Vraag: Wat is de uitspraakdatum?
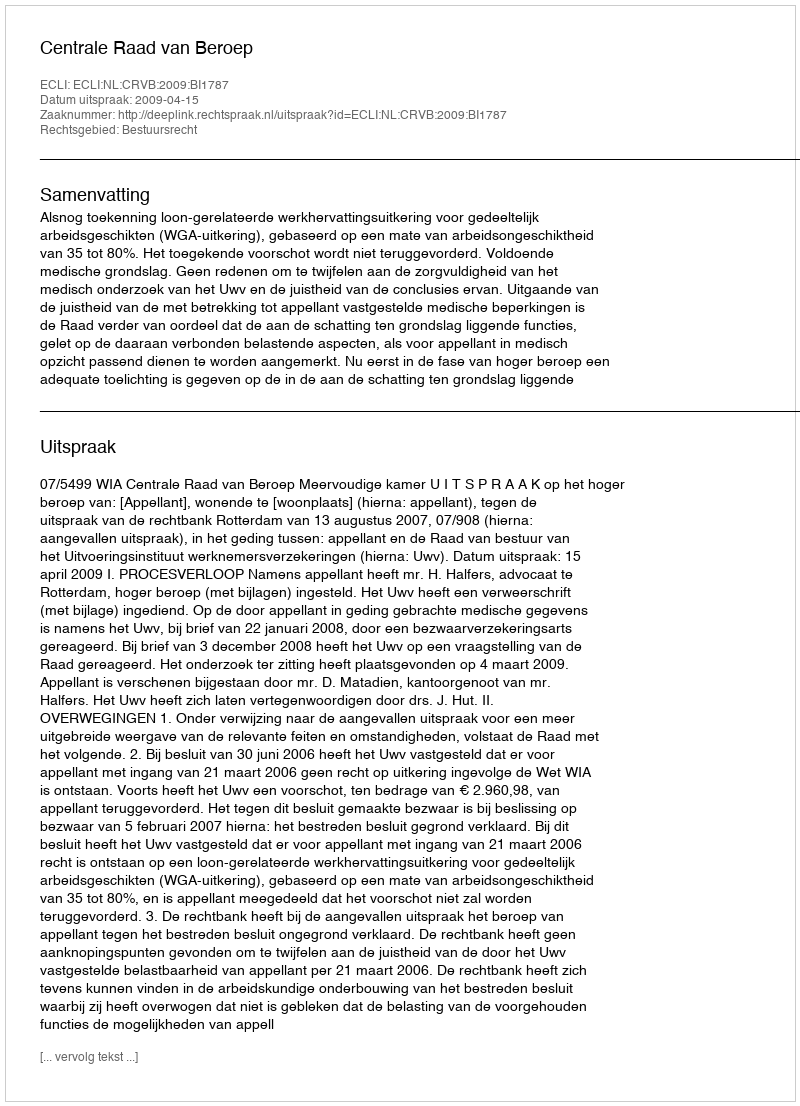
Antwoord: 2009-04-15